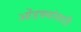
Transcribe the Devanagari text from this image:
ओंडक्यांसाठी